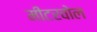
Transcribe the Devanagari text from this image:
मीटरवोल